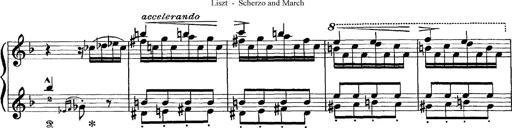
Title: Scherzo und Marsch
Composer: Franz Liszt